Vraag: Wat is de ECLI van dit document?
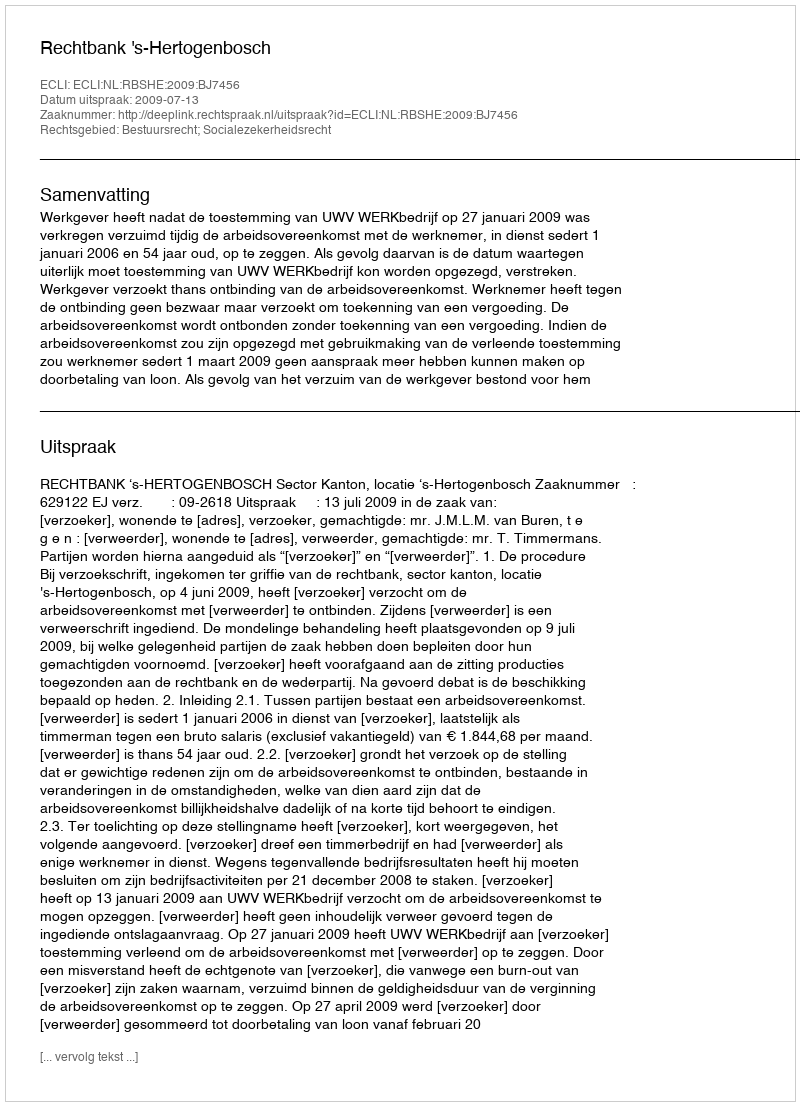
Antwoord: ECLI:NL:RBSHE:2009:BJ7456